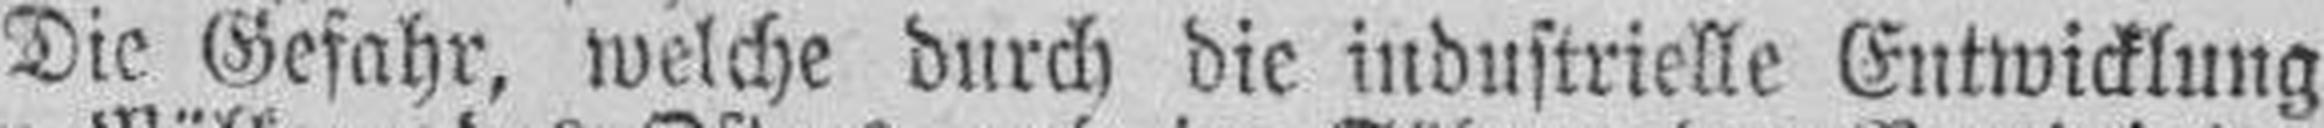
Die Gefahr, welche durch die industrielle Entwicklung